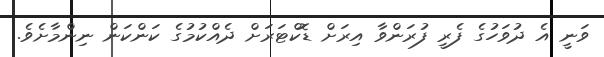
ވަނީ އެ ދުވަހުގެ ފެރީ ފުރަންވާ އިރަށް ޑޮކްޓަރަށް ދެއްކުމުގެ ކަންކަން ނިންމާށެވެ.